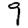
Digit: 9